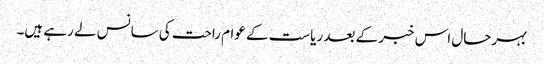
بہرحال اس خبر کے بعد ریاست کے عوام راحت کی سانس لے رہے ہیں۔